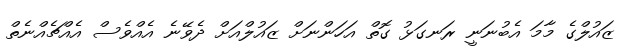
ޒައުލްގެ މާމަ އެބުނަނީ ރަނގަޅު ގޮތް އަހަންނަށް ޒައުލްއަށް ދެވޭނެ އެއްވެސް އެއްޗެއްނެތް